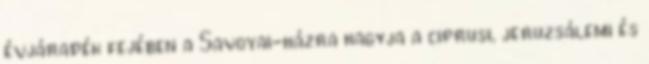
évjáradék fejében a Savoyai-házra hagyja a ciprusi, jeruzsálemi és